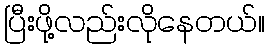
ပြီးဖို့လည်းလိုနေတယ်။